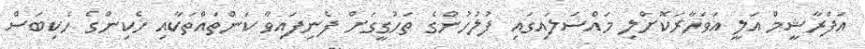
އަފްރާޝީމް އަލީ އަވަހާރަކޮށްލި މައްސަލައިގައި ފުލުހުންގެ ތަހުގީގަށް ފެނިފައިވާ ކަންތައްތަކާއި ހެކިންގެ ހެކިބަސް